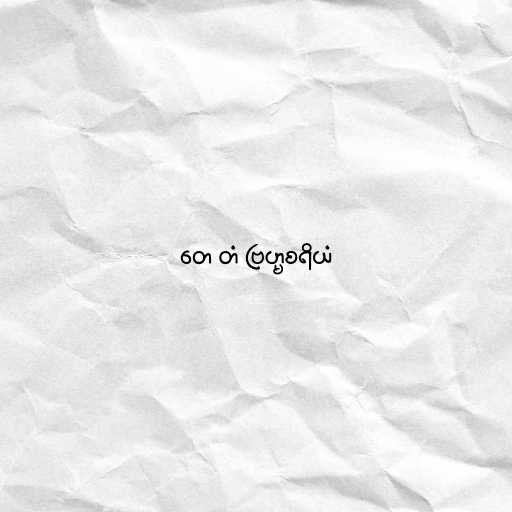
တေ တံ ဗြဟ္မစရိယံ